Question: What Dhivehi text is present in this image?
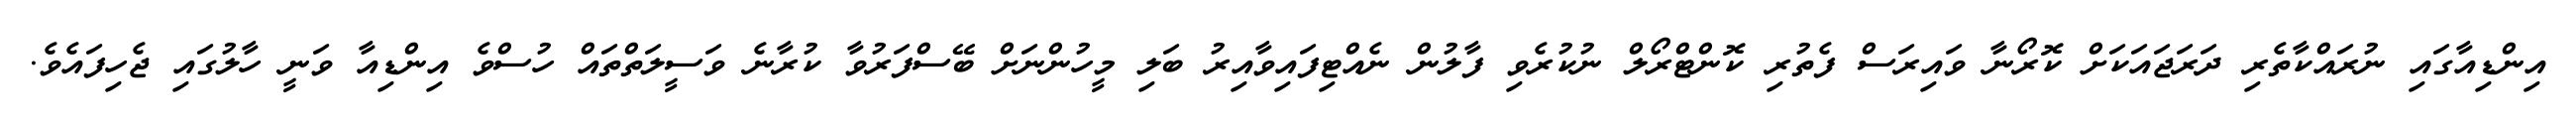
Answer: އިންޑިއާގައި ނުރައްކާތެރި ދަރަޖައަކަށް ކޮރޯނާ ވައިރަސް ފެތުރި ކޮންޓްރޯލް ނުކުރެވި ފާލުން ނެއްޓިފައިވާއިރު ބަލި މީހުންނަށް ބޭސްފަރުވާ ކުރާނެ ވަސީލަތްތައް ހުސްވެ އިންޑިއާ ވަނީ ހާލުގައި ޖެހިފައެވެ.